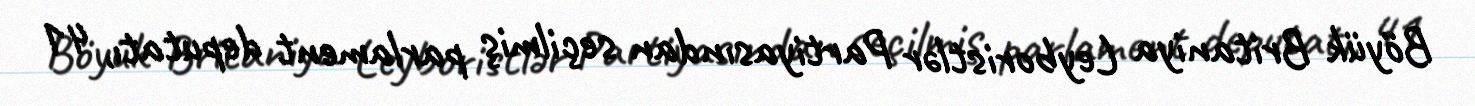
Böyük Britaniya Leyboristlər Partiyasından seçilmiş parlament deputatı, 41